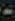
-